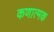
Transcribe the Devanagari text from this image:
कणात्मक